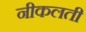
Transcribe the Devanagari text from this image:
नीकलती